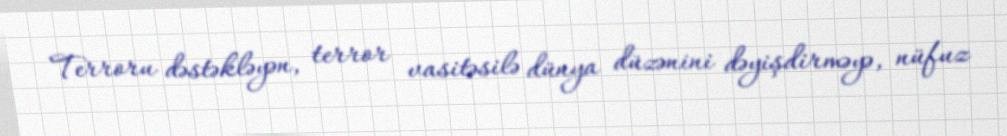
Terroru dəstəkləyən, terror vasitəsilə dünya düzənini dəyişdirməyə, nüfuz